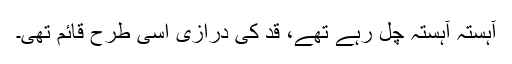
آہستہ آہستہ چل رہے تھے، قد کی درازی اسی طرح قائم تھی۔